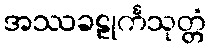
အဿခဠုင်္ကသုတ္တံ